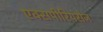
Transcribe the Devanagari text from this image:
एक्‍सपीरियंसेज